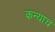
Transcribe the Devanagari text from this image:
कन्याच